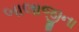
બાલાજીના